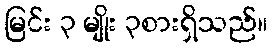
မြင်း ၃ မျိုး ၃စားရှိသည်။